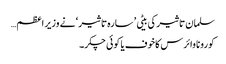
سلمان تاثیر کی بیٹی ’ سارہ تاثیر ‘ نے وزیر اعظم…
کورونا وائرس کاخوف یا کوئی چکر۔